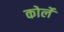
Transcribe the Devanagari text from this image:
कोर्ले